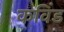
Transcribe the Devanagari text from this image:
कविंड